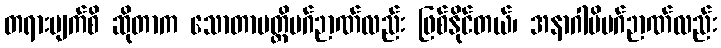
တရားမျက်စိ ဆိုတာက သောတာပတ္တိမဂ်ဉာဏ်လည်း ဖြစ်နိုင်တယ်၊ အနာဂါမိမဂ်ဉာဏ်လည်း